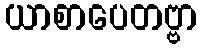
ယာစာပေတဗ္ဗာ